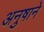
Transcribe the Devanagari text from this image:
अनुषाने